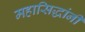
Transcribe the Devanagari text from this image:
महासिद्धांनी